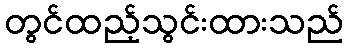
တွင်ထည့်သွင်းထားသည်